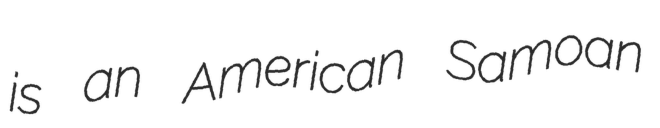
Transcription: is an American Samoan